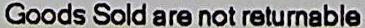
GOODS SOLD ARE NOT RETURNABLE